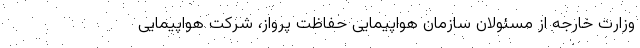
وزارت خارجه از مسئولان سازمان هواپیمایی حفاظت پرواز، شرکت هواپیمایی